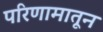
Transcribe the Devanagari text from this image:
परिणामातून